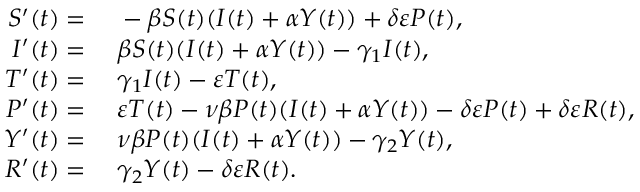
\begin{array} { r l } { S ^ { \prime } ( t ) = } & { { } \; - \beta S ( t ) ( I ( t ) + \alpha Y ( t ) ) + \delta \varepsilon P ( t ) , } \\ { I ^ { \prime } ( t ) = } & { { } \; \beta S ( t ) ( I ( t ) + \alpha Y ( t ) ) - \gamma _ { 1 } I ( t ) , } \\ { T ^ { \prime } ( t ) = } & { { } \; \gamma _ { 1 } I ( t ) - \varepsilon T ( t ) , } \\ { P ^ { \prime } ( t ) = } & { { } \; \varepsilon T ( t ) - \nu \beta P ( t ) ( I ( t ) + \alpha Y ( t ) ) - \delta \varepsilon P ( t ) + \delta \varepsilon R ( t ) , } \\ { Y ^ { \prime } ( t ) = } & { { } \; \nu \beta P ( t ) ( I ( t ) + \alpha Y ( t ) ) - \gamma _ { 2 } Y ( t ) , } \\ { R ^ { \prime } ( t ) = } & { { } \; \gamma _ { 2 } Y ( t ) - \delta \varepsilon R ( t ) . } \end{array}